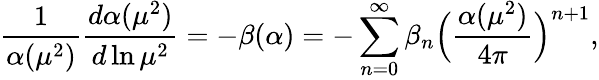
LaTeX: \frac{1}{\alpha(\mu^{2})}\frac{d\alpha(\mu^{2})}{d\ln\mu^{2}}=-\beta(\alpha)=-\sum_{n=0}^{\infty}\beta_{n}\Big(\frac{\alpha(\mu^{2})}{4\pi}\Big)^{n+1},